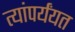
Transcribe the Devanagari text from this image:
त्यांपर्यंयत